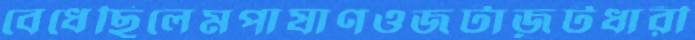
বেধেছিলেমপাষাণওজটাজূটধারী